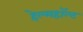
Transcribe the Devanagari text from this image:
हेल्महॉल्ट